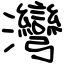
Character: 灣